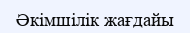
Әкімшілік жағдайы